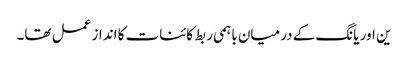
ین اور یانگ کے درمیان باہمی ربط کائنات کا انداز عمل تھا۔